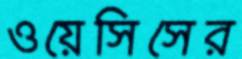
ওয়েসিসের